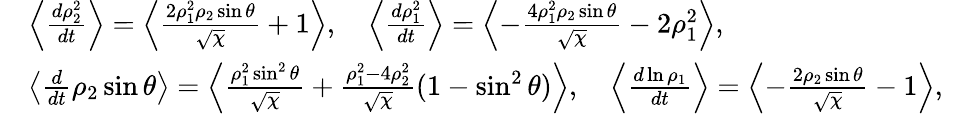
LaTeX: \begin{array}{rlr}&{\left\langle\frac{d\rho_{2}^{2}}{dt}\right\rangle=\left\langle\frac{2\rho_{1}^{2}\rho_{2}\sin\theta}{\sqrt{\chi}}+1\right\rangle,\quad\left\langle\frac{d\rho_{1}^{2}}{dt}\right\rangle=\left\langle-\frac{4\rho_{1}^{2}\rho_{2}\sin\theta}{\sqrt{\chi}}-2\rho_{1}^{2}\right\rangle,}&\\ &{\left\langle\frac{d}{dt}\rho_{2}\sin\theta\right\rangle=\left\langle\frac{\rho_{1}^{2}\sin^{2}\theta}{\sqrt{\chi}}+\frac{\rho_{1}^{2}-4\rho_{2}^{2}}{\sqrt{\chi}}(1-\sin^{2}\theta)\right\rangle,\quad\left\langle\frac{d\ln\rho_{1}}{dt}\right\rangle=\left\langle-\frac{2\rho_{2}\sin\theta}{\sqrt{\chi}}-1\right\rangle,}&\end{array}